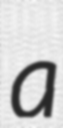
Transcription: a